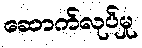
ဆောက်လုပ်မှု